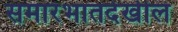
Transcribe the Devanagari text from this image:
समारंभातदेखील